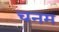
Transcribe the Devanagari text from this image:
चनम